Annual report of the Punjab Veterinary College and of the Civil Veterinary Department, Punjab - 1894-1908
Year: 1894
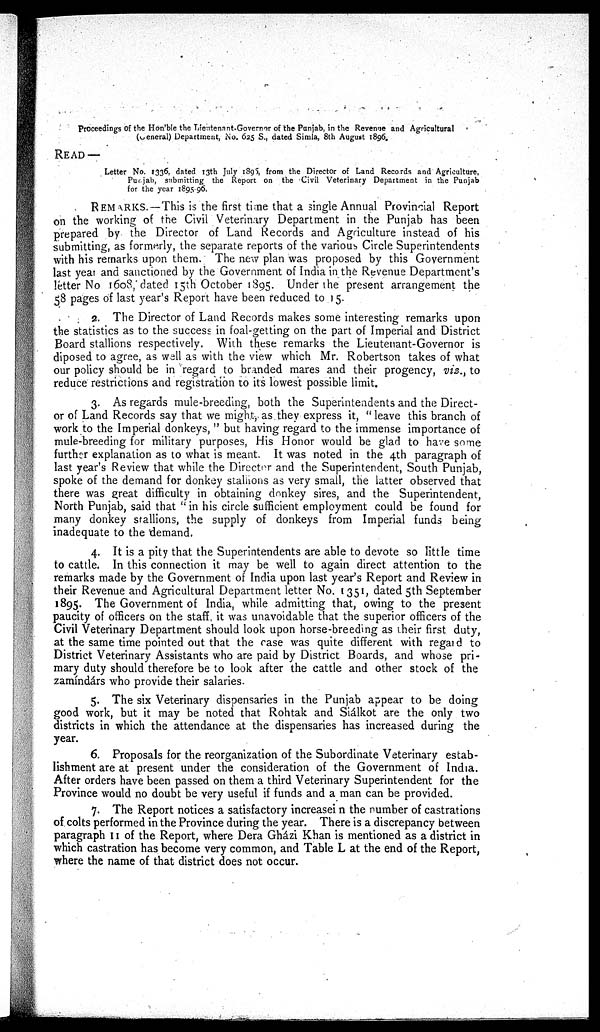
Proceedings of the Hon'ble the Lieuntenant-Governor of the Punjab, in the Revenue and Agricultural
(general) Department, No. 625 S., dated Simla, 8th August 1896.
READ —
Letter No. 1336. dated 13th July 1895, from the Director of Land Records and Agriculture,
Punjab, submitting the Report on the Civil Veterinary Department in the Punjab
for the year 1895 96.
REMARKS. —This is the first time that a single Annual Provincial Report
on the working of the Civil Veterinary Department in the Punjab has been
prepared by the Director of Land Records and Agriculture instead of his
submitting, as formerly, the separate reports of the various Circle Superintendents
with his remarks upon them. The new plan was proposed by this Government
last year and sanctioned by the Government of India in the Revenue Department's
letter No 1608, dated 15th October 1895. Under the present arrangement the
58 pages of last year's Report have been reduced to 15.
2. The Director of Land Records makes some interesting remarks upon
the statistics as to the success in foal-getting on the part of Imperial and District
Board stallions respectively. With these remarks the Lieutenant-Governor is
diposed to agree, as well as with the view which Mr. Robertson takes of what
our policy should be in regard to branded mares and their progency, viz., to
reduce restrictions and registration to its lowest possible limit.
3. As regards mule-breeding, both the Superintendents and the Direct-
or of Land Records say that we might, as they express it, "leave this branch of
work to the Imperial donkeys," but having regard to the immense importance of
mule-breeding for military purposes, His Honor would be glad to have some
further explanation as to what is meant. It was noted in the 4th paragraph of
last year's Review that while the Director and the Superintendent, South Punjab,
spoke of the demand for donkey stallions as very small, the latter observed that
there was great difficulty in obtaining donkey sires, and the Superintendent,
North Punjab, said that "in his circle sufficient employment could be found for
many donkey stallions, the supply of donkeys from Imperial funds being
inadequate to the demand.
4. It is a pity that the Superintendents are able to devote so little time
to cattle. In this connection it may be well to again direct attention to the
remarks made by the Government of India upon last year's Report and Review in
their Revenue and Agricultural Department letter No. 1351, dated 5th September
1895. The Government of India, while admitting that, owing to the present
paucity of officers on the staff, it was unavoidable that the superior officers of the
Civil Veterinary Department should look upon horse-breeding as their first duty,
at the same time pointed out that the case was quite different with regard to
District Veterinary Assistants who are paid by District Boards, and whose pri-
mary duty should therefore be to look after the cattle and other stock of the
zamíndárs who provide their salaries.
5. The six Veterinary dispensaries in the Punjab appear to be doing
good work, but it may be noted that Rohtak and Siálkot are the only two
districts in which the attendance at the dispensaries has increased during the
year.
6. Proposals for the reorganization of the Subordinate Veterinary estab-
lishment are at present under the consideration of the Government of India.
After orders have been passed on them a third Veterinary Superintendent for the
Province would no doubt be very useful if funds and a man can be provided.
7. The Report notices a satisfactory increase in the number of castrations
of colts performed in the Province during the year. There is a discrepancy between
paragraph 11 of the Report, where Dera Gházi Khan is mentioned as a district in
which castration has become very common, and Table L at the end of the Report,
where the name of that district does not occur.